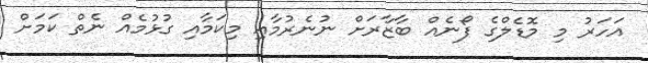
އަހަރު މި މޮޑެލްގެ ފޯނެއް ބާޒާރަށް ނުނެރުމާއި މިކަމާއި ގުޅުމެއް ނެތް ކަމަށް